Indian journal of veterinary science and animal husbandry - Volumes 28-29, 1958-1959
Year: 1958
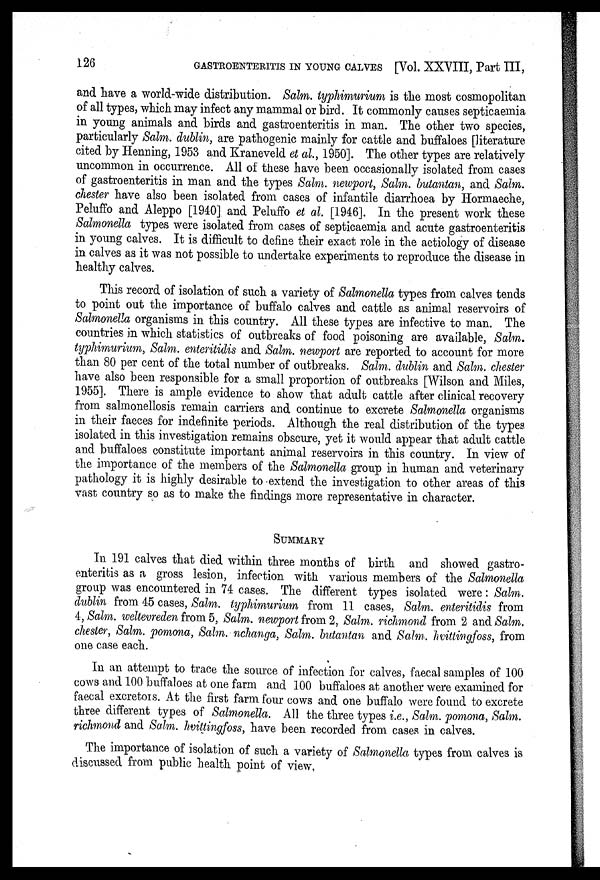
126
GASTROENTERITIS IN YOUNG CALVES [Vol. XXVIII, Part III,
and have a world-wide distribution. Salm. typhimurium is the most cosmopolitan
of all types, which may infect any mammal or bird. It commonly causes septicaemia
in young animals and birds and gastroenteritis in man. The other two species,
particularly Salm. dublin, are pathogenic mainly for cattle and buffaloes [literature
cited by Henning, 1953 and Kraneveld et al., 1950]. The other types are relatively
uncommon in occurrence. All of these have been occasionally isolated from cases
of gastroenteritis in man and the types Salm. newport, Salm. butantan, and Salm.
Chester have also been isolated from cases of infantile diarrhoea by Hormaeche,
Peluffo and Aleppo [1940] and Peluffo et al. [1946]. In the present work these
Salmonella types were isolated from cases of septicaemia and acute gastroenteritis
in young calves. It is difficult to define their exact role in the aetiology of disease
in calves as it was not possible to undertake experiments to reproduce the disease in
healthy calves.
This record of isolation of such a variety of Salmonella types from calves tends
to point out the importance of buffalo calves and cattle as animal reservoirs of
Salmonella organisms in this country. All these types are infective to man. The
countries in which statistics of outbreaks of food poisoning are available, Salm.
typhimurium, Salm. enteritidis and Salm. newport are reported to account for more
than 80 per cent of the total number of outbreaks. Salm. dublin and Salm. Chester
have also been responsible for a small proportion of outbreaks [Wilson and Miles,
1955]. There is ample evidence to show that adult cattle after clinical recovery
from salmonellosis remain carriers and continue to excrete Salmonella organisms
in their faeces for indefinite periods. Although the real distribution of the types
isolated in this investigation remains obscure, yet it would appear that adult cattle
and buffaloes constitute important animal reservoirs in this country. In view of
the importance of the members of the Salmonella group in human and veterinary
pathology it is highly desirable to extend the investigation to other areas of this
vast country so as to make the findings more representative in character.
SUMMARY
In 191 calves that died within three months of birth and showed gastro-
enteritis as a gross lesion, infection with various members of the Salmonella
group was encountered in 74 cases. The different types isolated were: Salm.
dublin from 45 cases, Salm. typhimurium from 11 cases, Salm. enteritidis from
4, Salm. weltevreden from 5, Salm. newport from 2, Salm. richmond from 2 and Salm.
chester, Salm. pomona, Salm. nchanga, Salm. butantan and Salm. hvittingfoss, from
one case each.
In an attempt to trace the source of infection for calves, faecal samples of 100
cows and 100 buffaloes at one farm and 100 buffaloes at another were examined for
faecal excretors. At the first farm four cows and one buffalo were found to excrete
three different types of Salmonella. All the three types i.e., Salm. pomona, Salm.
richmond and Salm. hvittingfoss, have been recorded from cases in calves.
The importance of isolation of such a variety of Salmonella types from calves is
discussed from public health point of view,